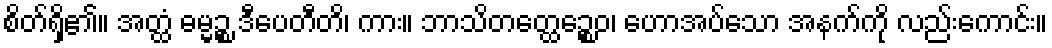
စိတ်ရှိ၏။ အတ္ထံ ဓမ္မဉ္စ ဒီပေတီတိ၊ ကား။ ဘာသိတတ္ထေဉ္စေဝ၊ ဟောအပ်သော အနက်ကို လည်းကောင်း။